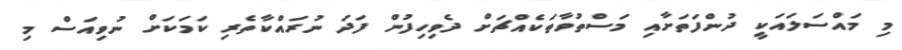
މި މައްސަލައަކީ ދުންފަތަށާއި މަސްތުވާތަކެއްޗަށް ދެވިހިފުން ފަދަ ނުރައްކާތެރި ކަމަކަށް ނުވިއަސް މި